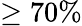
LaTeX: \ge 70\%